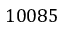
1 0 0 8 5